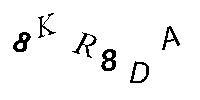
8KR8DA